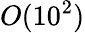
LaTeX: O(10^{2})